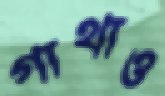
গাথাও